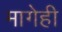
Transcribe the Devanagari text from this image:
मागेही